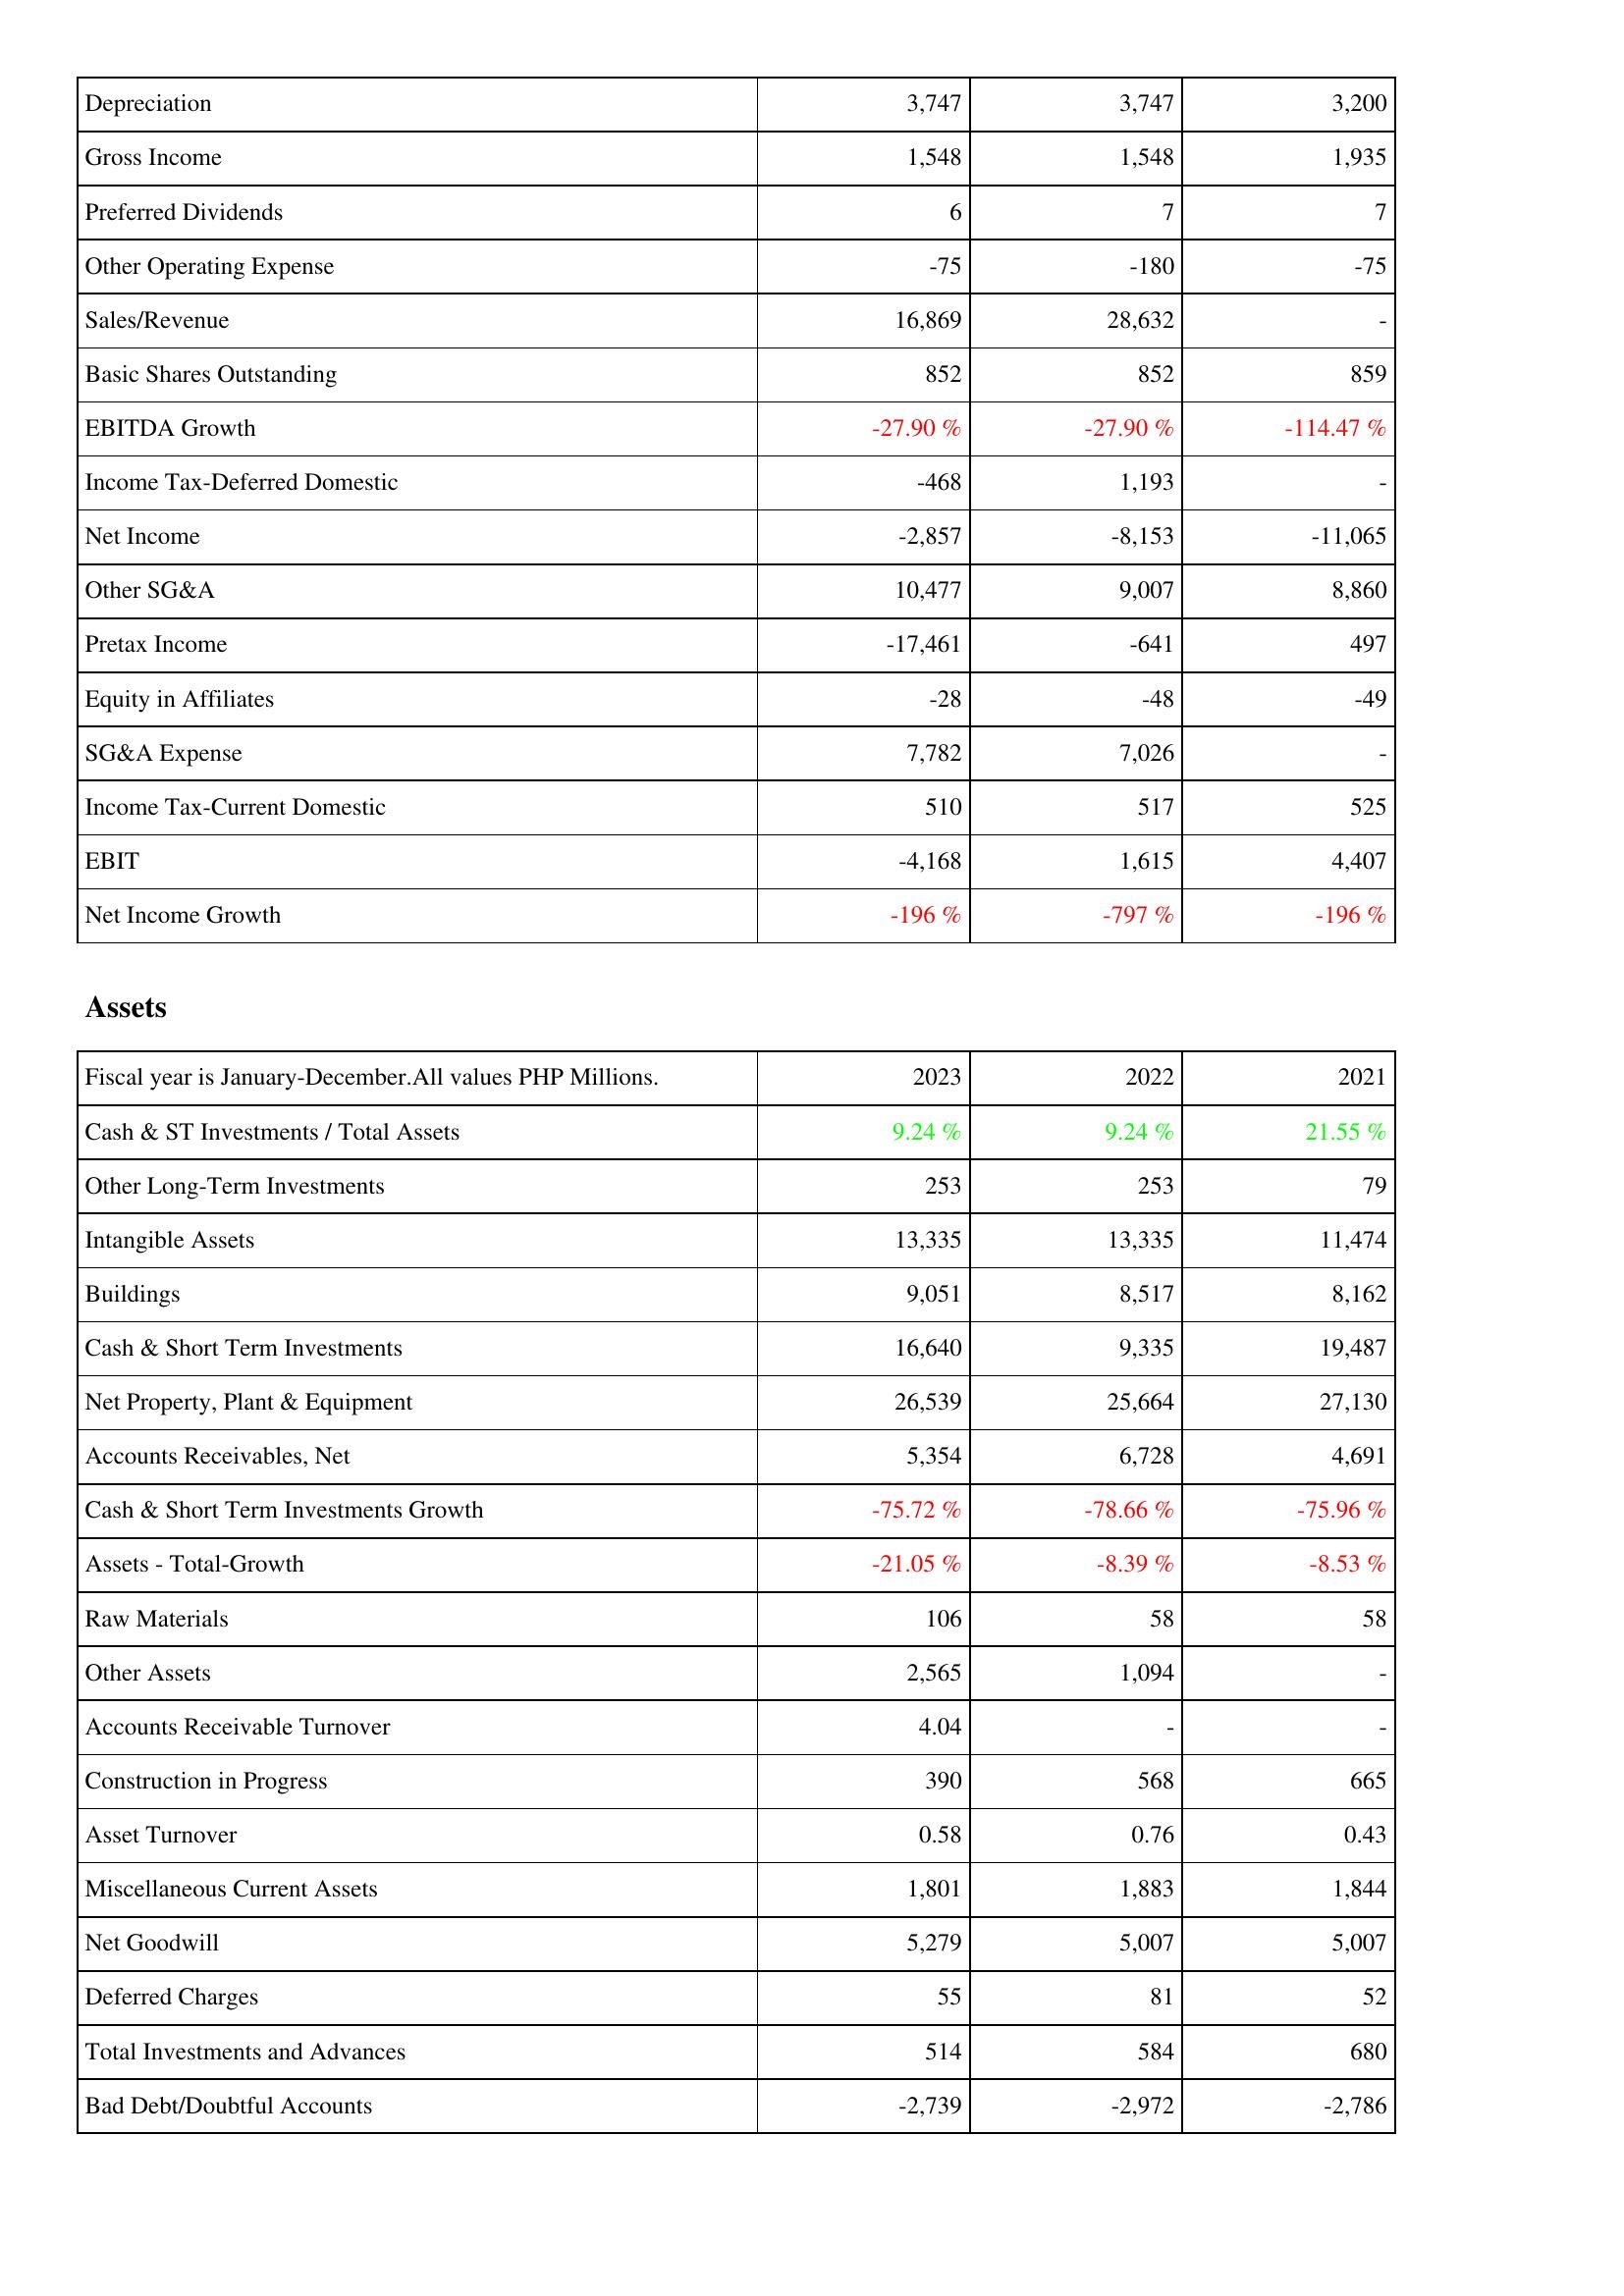
2023: Income Statement: Depreciation: 3,747
Gross Income: 1,548
Preferred Dividends: 6
Other Operating Expense: -75
Sales/Revenue: 16,869
Basic Shares Outstanding: 852
EBITDA Growth: -27.90 %
Income Tax-Deferred Domestic: -468
Net Income: -2,857
Other SG&A: 10,477
Pretax Income: -17,461
Equity in Affiliates: -28
SG&A Expense: 7,782
Income Tax-Current Domestic: 510
EBIT: -4,168
Net Income Growth: -196 %
Assets: Cash & ST Investments / Total Assets: 9.24 %
Other Long-Term Investments: 253
Intangible Assets: 13,335
Buildings: 9,051
Cash & Short Term Investments: 16,640
Net Property, Plant & Equipment: 26,539
Accounts Receivables, Net: 5,354
Cash & Short Term Investments Growth: -75.72 %
Assets - Total-Growth: -21.05 %
Raw Materials: 106
Other Assets: 2,565
Accounts Receivable Turnover: 4.04
Construction in Progress: 390
Asset Turnover: 0.58
Miscellaneous Current Assets: 1,801
Net Goodwill: 5,279
Deferred Charges: 55
Total Investments and Advances: 514
Bad Debt/Doubtful Accounts: -2,739
2022: Income Statement: Depreciation: 3,747
Gross Income: 1,548
Preferred Dividends: 7
Other Operating Expense: -180
Sales/Revenue: 28,632
Basic Shares Outstanding: 852
EBITDA Growth: -27.90 %
Income Tax-Deferred Domestic: 1,193
Net Income: -8,153
Other SG&A: 9,007
Pretax Income: -641
Equity in Affiliates: -48
SG&A Expense: 7,026
Income Tax-Current Domestic: 517
EBIT: 1,615
Net Income Growth: -797 %
Assets: Cash & ST Investments / Total Assets: 9.24 %
Other Long-Term Investments: 253
Intangible Assets: 13,335
Buildings: 8,517
Cash & Short Term Investments: 9,335
Net Property, Plant & Equipment: 25,664
Accounts Receivables, Net: 6,728
Cash & Short Term Investments Growth: -78.66 %
Assets - Total-Growth: -8.39 %
Raw Materials: 58
Other Assets: 1,094
Accounts Receivable Turnover: -
Construction in Progress: 568
Asset Turnover: 0.76
Miscellaneous Current Assets: 1,883
Net Goodwill: 5,007
Deferred Charges: 81
Total Investments and Advances: 584
Bad Debt/Doubtful Accounts: -2,972
2021: Income Statement: Depreciation: 3,200
Gross Income: 1,935
Preferred Dividends: 7
Other Operating Expense: -75
Sales/Revenue: -
Basic Shares Outstanding: 859
EBITDA Growth: -114.47 %
Income Tax-Deferred Domestic: -
Net Income: -11,065
Other SG&A: 8,860
Pretax Income: 497
Equity in Affiliates: -49
SG&A Expense: -
Income Tax-Current Domestic: 525
EBIT: 4,407
Net Income Growth: -196 %
Assets: Cash & ST Investments / Total Assets: 21.55 %
Other Long-Term Investments: 79
Intangible Assets: 11,474
Buildings: 8,162
Cash & Short Term Investments: 19,487
Net Property, Plant & Equipment: 27,130
Accounts Receivables, Net: 4,691
Cash & Short Term Investments Growth: -75.96 %
Assets - Total-Growth: -8.53 %
Raw Materials: 58
Other Assets: -
Accounts Receivable Turnover: -
Construction in Progress: 665
Asset Turnover: 0.43
Miscellaneous Current Assets: 1,844
Net Goodwill: 5,007
Deferred Charges: 52
Total Investments and Advances: 680
Bad Debt/Doubtful Accounts: -2,786